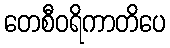
တေစီဝရိကာတိပေ